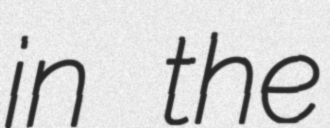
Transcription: in the